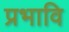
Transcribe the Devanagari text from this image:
प्रभावि